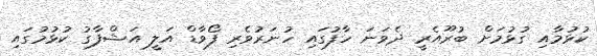
ކުޅުމާއި ގުޅުމަށް ބުރޫއެރީ ދެވަނަ ހާފުގައި ހުނަރުވެރި ފޯވާޑް އަލީ އަޝްފާގު ކުޅުމުގައި